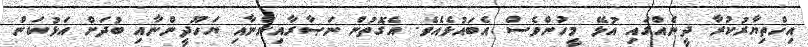
އިޚްތިޔާރުކުރާ ދީނެއްގައި އުޅޭ މީހުންވެސް އެބައުޅެއެވެ. އެގޮތުން ނަޞާރާއިންނާއި ޔަހޫދީންނާއި ބުދަށް އަޅުކަން